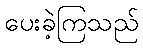
ပေးခဲ့ကြသည်